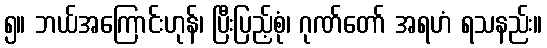
၅။ ဘယ်အကြောင်းဟုန်၊ ပြီးပြည့်စုံ၊ ဂုဏ်တော် အရဟံ ရသနည်း။